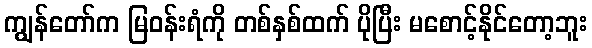
ကျွန်တော်က မြဝန်းရံကို တစ်နှစ်ထက် ပိုပြီး မစောင့်နိုင်တော့ဘူး